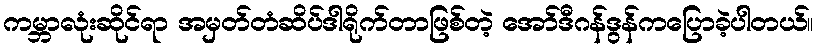
ကမ္ဘာလုံးဆိုင်ရာ အမှတ်တံဆိပ်ဒါရိုက်တာဖြစ်တဲ့ အော်ဒီဂန်ဒွန်ကပြောခဲ့ပါတယ်။